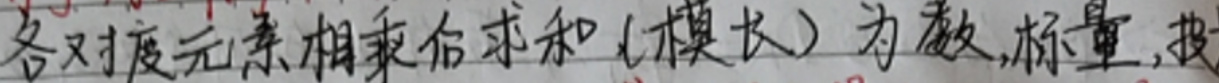
各对度元素相乘后求和（模长）为范数，标量，技